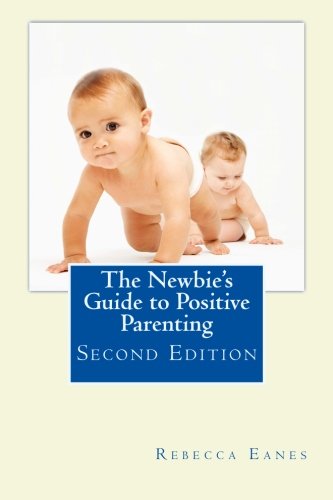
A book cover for The Newbie's Guide to Positive Parenting: Second Edition; Rebecca Eanes; Parenting & Relationships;